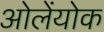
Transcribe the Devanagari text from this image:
ओलेंयोक